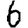
Digit: 6